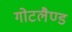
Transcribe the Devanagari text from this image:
गोटलैण्ड